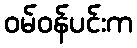
ဝမ်ဝန်ပင်းက